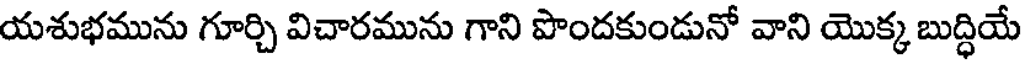
యశుభమును గూర్చి విచారమును గాని పొందకుండునో వాని యొక్క బుద్ధియే